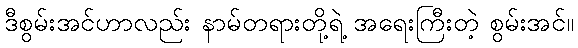
ဒီစွမ်းအင်ဟာလည်း နာမ်တရားတို့ရဲ့ အရေးကြီးတဲ့ စွမ်းအင်။